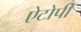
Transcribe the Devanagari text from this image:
ऐटोपी